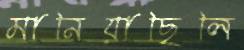
মানিয়াছিলি